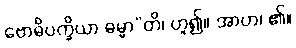
ဗောဓိပက္ခိယာ ဓမ္မာ”တိ၊ ဟူ၍။ အာဟ၊ ၏။